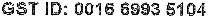
GST ID: 0016 6993 5104